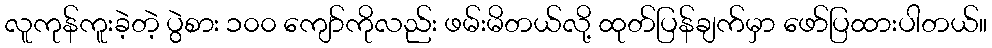
လူကုန်ကူးခဲ့တဲ့ ပွဲစား ၁၀၀ ကျော်ကိုလည်း ဖမ်းမိတယ်လို့ ထုတ်ပြန်ချက်မှာ ဖော်ပြထားပါတယ်။